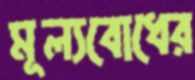
মূল্যবোধের